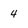
Character: 4